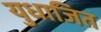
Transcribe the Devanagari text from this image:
युधाजित